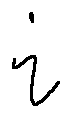
i